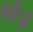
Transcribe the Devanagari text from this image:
रूदिनी